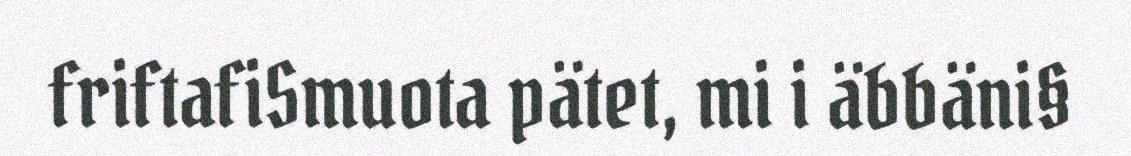
friftafiSmuota pätet, mi i äbbäni§